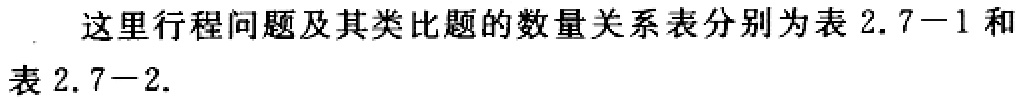
这里行程问题及其类比题的数量关系表分别为表 2.7−1 和表 2.7−2.